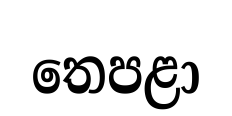
තෙපළා